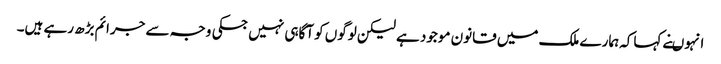
انہوںنے کہاکہ ہمارے ملک میں قانون موجود ہے لیکن لوگوں کو آگاہی نہیں جسکی وجہ سے جرائم بڑھ رہے ہیں۔